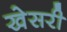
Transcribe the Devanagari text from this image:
खेसरी